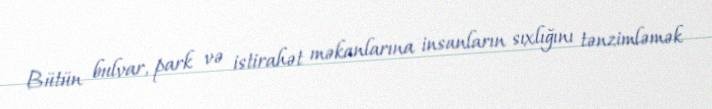
Bütün bulvar, park və istirahət məkanlarına insanların sıxlığını tənzimləmək